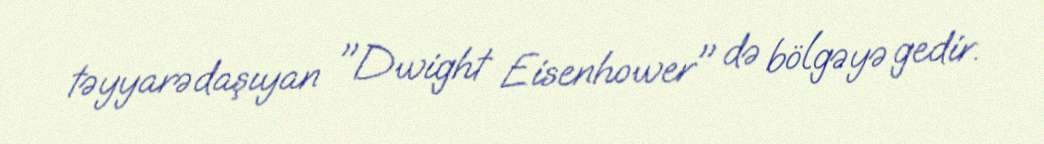
təyyarədaşıyan "Dwight Eisenhower" də bölgəyə gedir.